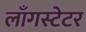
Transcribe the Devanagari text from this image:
लाँगस्टेटर